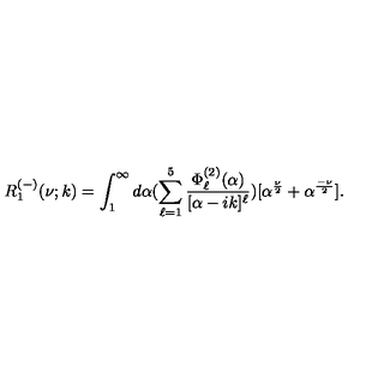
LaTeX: R _ { 1 } ^ { ( - ) } ( \nu ; k ) = \int _ { 1 } ^ { \infty } d \alpha ( \sum _ { \ell = 1 } ^ { 5 } \frac { \Phi _ { \ell } ^ { ( 2 ) } ( \alpha ) } { [ \alpha - i k ] ^ { \ell } } ) [ \alpha ^ { \frac { \nu } { 2 } } + \alpha ^ { \frac { - \nu } { 2 } } ] .